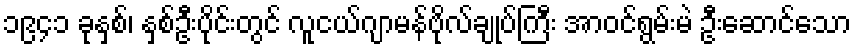
၁၉၄၁ ခုနှစ်၊ နှစ်ဦးပိုင်းတွင် လူငယ်ဂျာမန်ဗိုလ်ချုပ်ကြီး အာဝင်ရွမ်းမဲ ဦးဆောင်သော